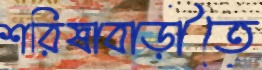
শরিষাবাড়ীতে